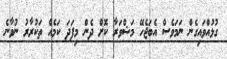
ގުޅުއްވައިގެން ނަމަވެސް އެބަޖެހޭ މަޝްވަރާ ކޮށް ދެން މިފަދަ ކަމެއް ތަކުރާރު ނުވާނެ